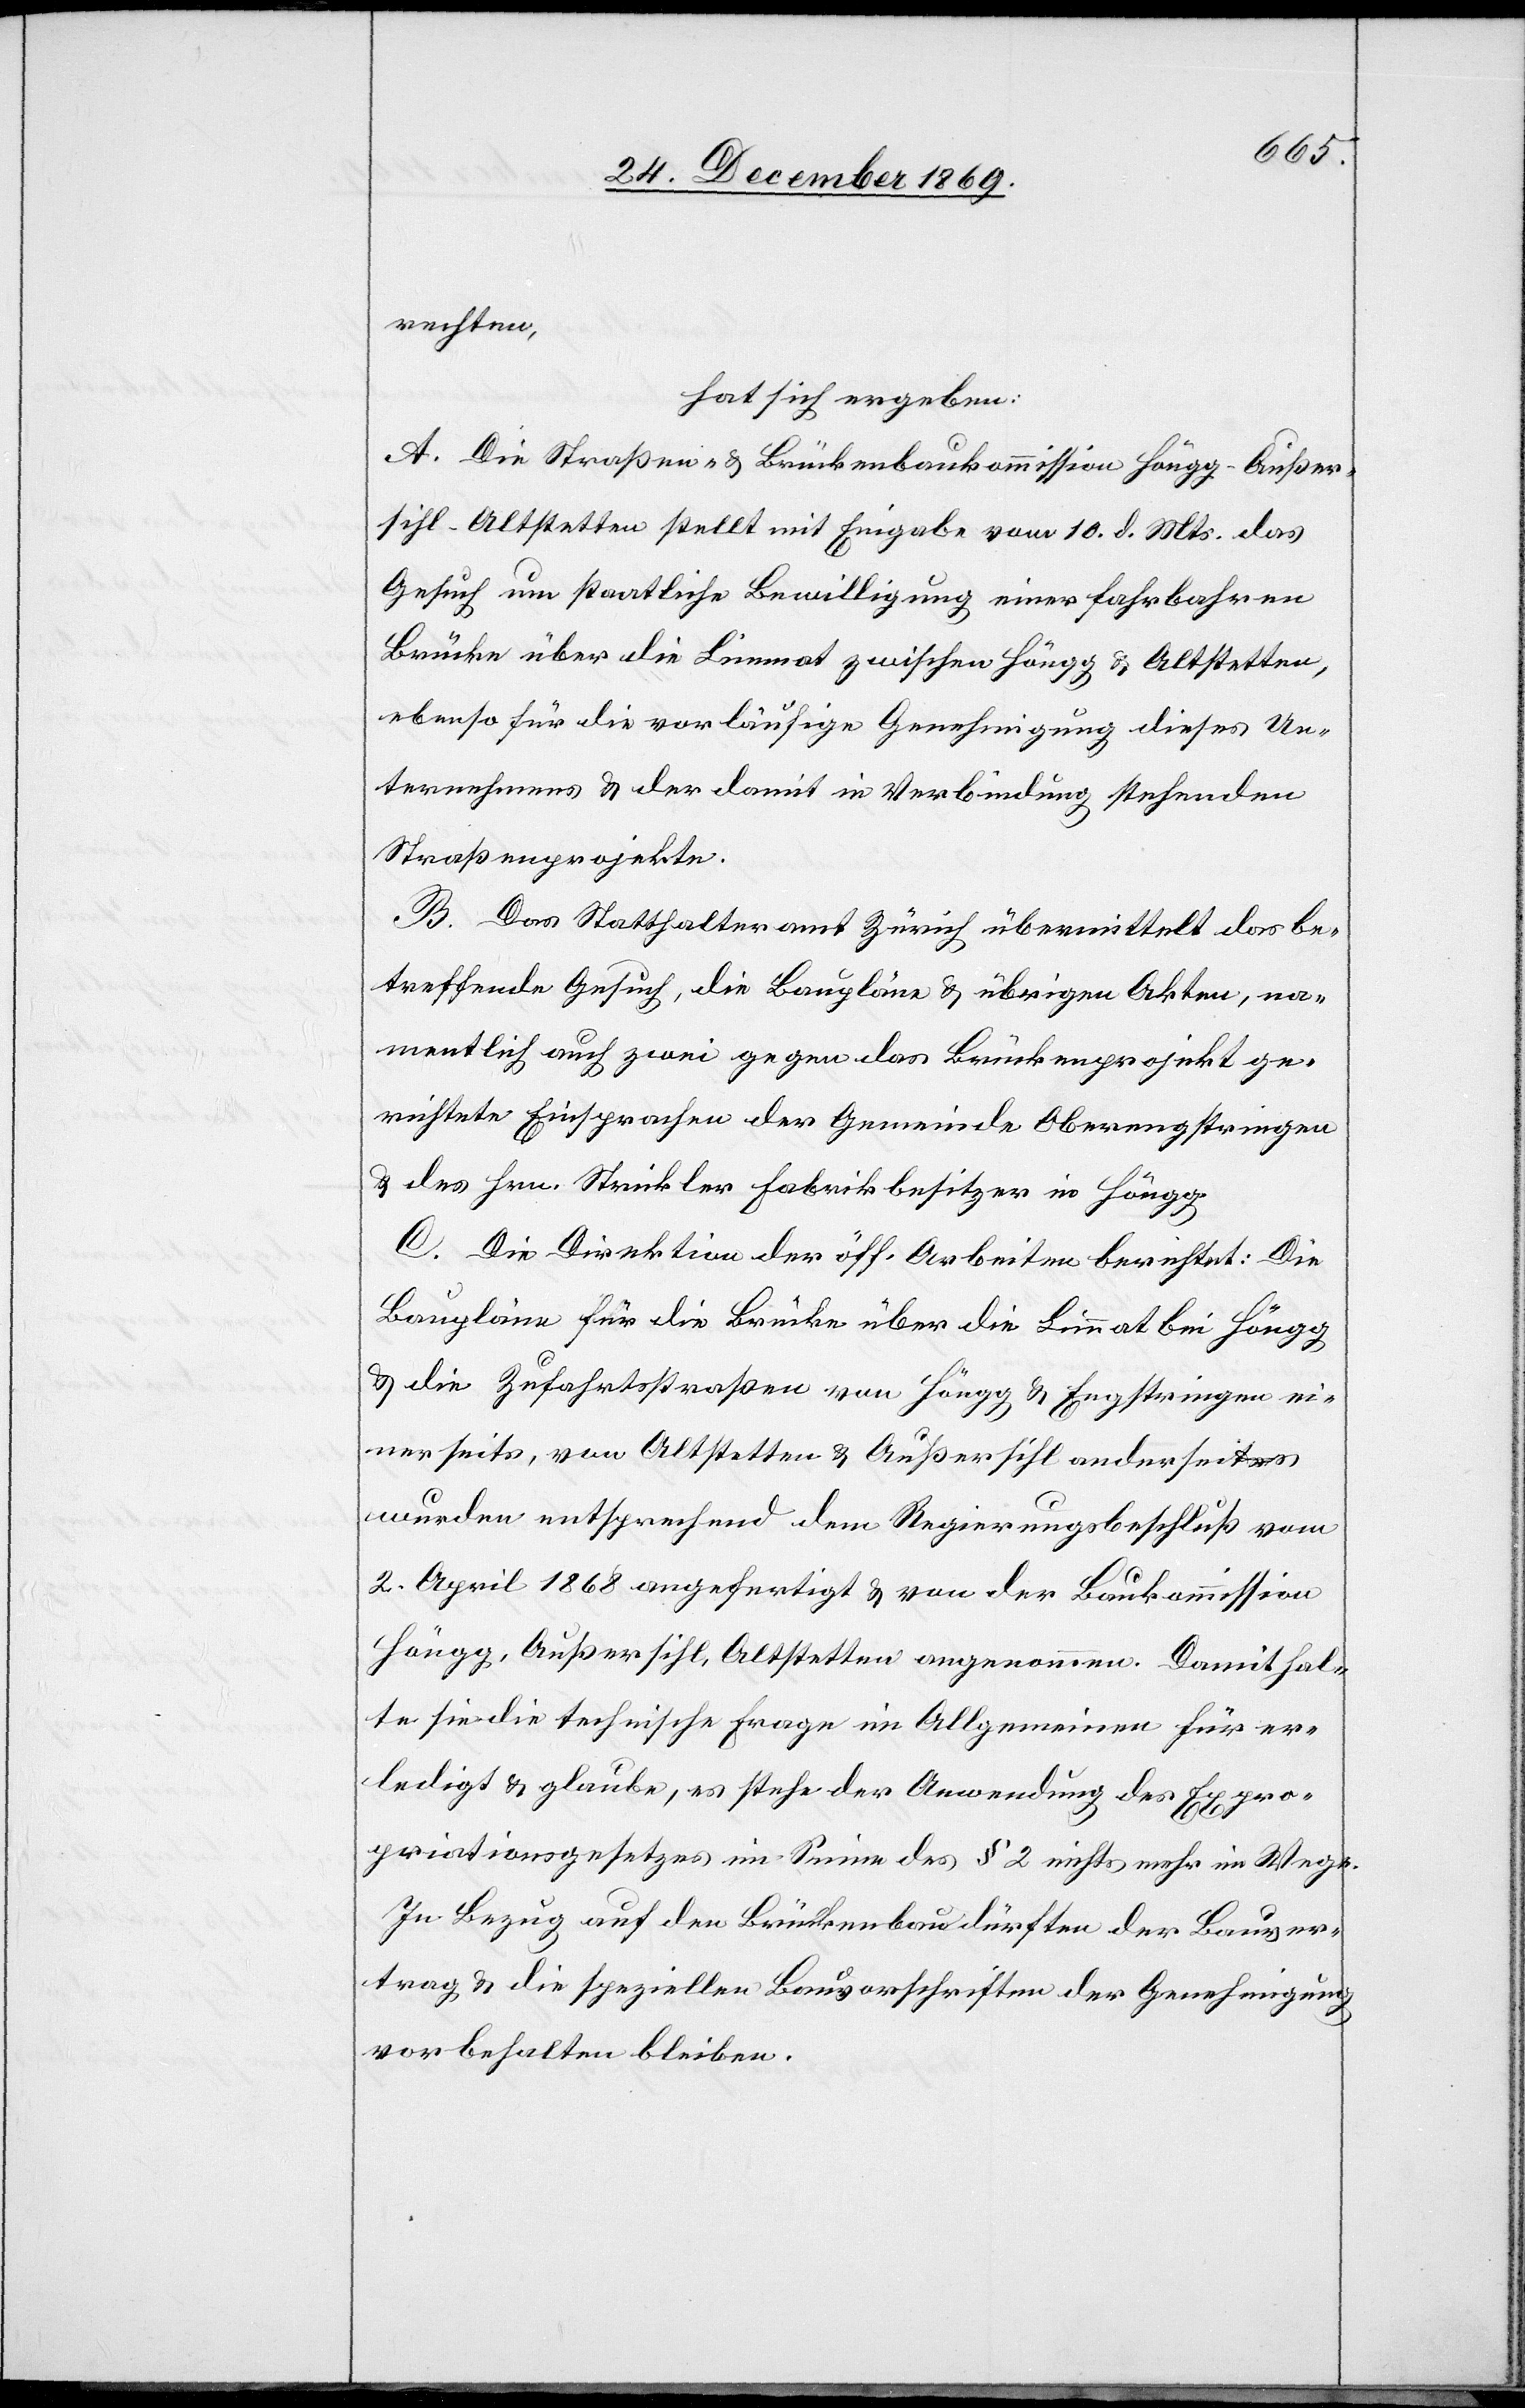
rechten,
hat sich ergeben:
A. Die Straßen- & Brückenbaukommission Höngg-Außer¬
sihl-Altstetten stellt mit Eingabe vom 10. d. Mts. das
Gesuch um staatliche Bewilligung einer fahrbahren
Brücke über die Limmat zwischen Höngg & Altstetten,
ebenso für die vorläufige Genehmigung dieses Un¬
ternehmens & der damit in Verbindung stehenden
Straßenprojekte.
B. Das Statthalteramt Zürich übermittelt das be¬
treffende Gesuch, die Baupläne & übrigen Akten, na¬
mentlich auch zwei gegen das Brückenprojekt ge¬
richtete Einsprachen der Gemeinde Oberengstringen
& des Hrn. Strickler Fabrikbesitzer in Höngg.
C. Die Direktion der öff. Arbeiten berichtet: Die
Baupläne für die Brücke über die Limmat bei Höngg
& die Zufahrtsstraßen von Höngg & Engstringen ei¬
nerseits, von Altstetten & Außersihl anderseits
wurden entsprechend dem Regierungsbeschluß vom
2. April 1868 angefertigt & von der Baukommission
Höngg, Außersihl, Altstetten angenommen. Damit hal¬
te sie die technische Frage im Allgemeinen für er¬
ledigt & glaube, es stehe der Anwendung des Expro¬
priationsgesetzes im Sinne des § 2 nichts mehr im Wege.
In Bezug auf den Brückenbau dürften der Bauver¬
trag & die speziellen Bauvorschriften der Genehmigung
vorbehalten bleiben.